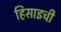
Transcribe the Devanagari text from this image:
हिसाइची